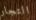
التجار